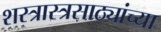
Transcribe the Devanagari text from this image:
शस्त्रास्त्रसाठ्यांच्या